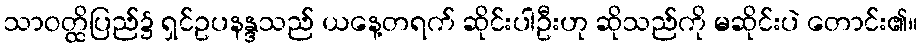
သာဝတ္ထိပြည်၌ ရှင်ဥပနန္ဒသည် ယနေ့တရက် ဆိုင်းပါဦးဟု ဆိုသည်ကို မဆိုင်းပဲ တောင်း၏။